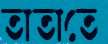
তাতাতে